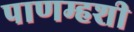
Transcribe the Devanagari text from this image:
पाणम्हशी